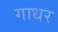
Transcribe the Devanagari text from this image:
गाधर